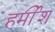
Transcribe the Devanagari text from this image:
हर्मीश